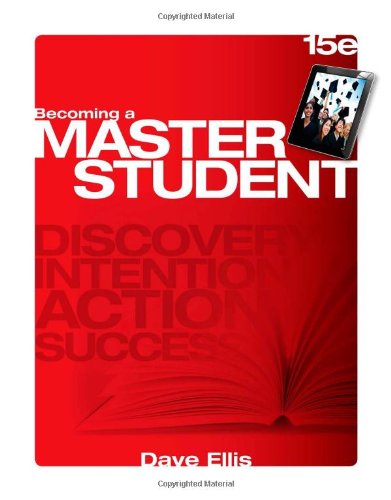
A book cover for Becoming a Master Student (Textbook-specific CSFI); Dave Ellis; Education & Teaching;